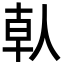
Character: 倝